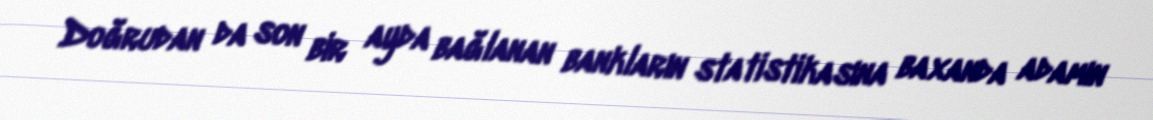
Doğrudan da son bir ayda bağlanan bankların statistikasına baxanda adamın